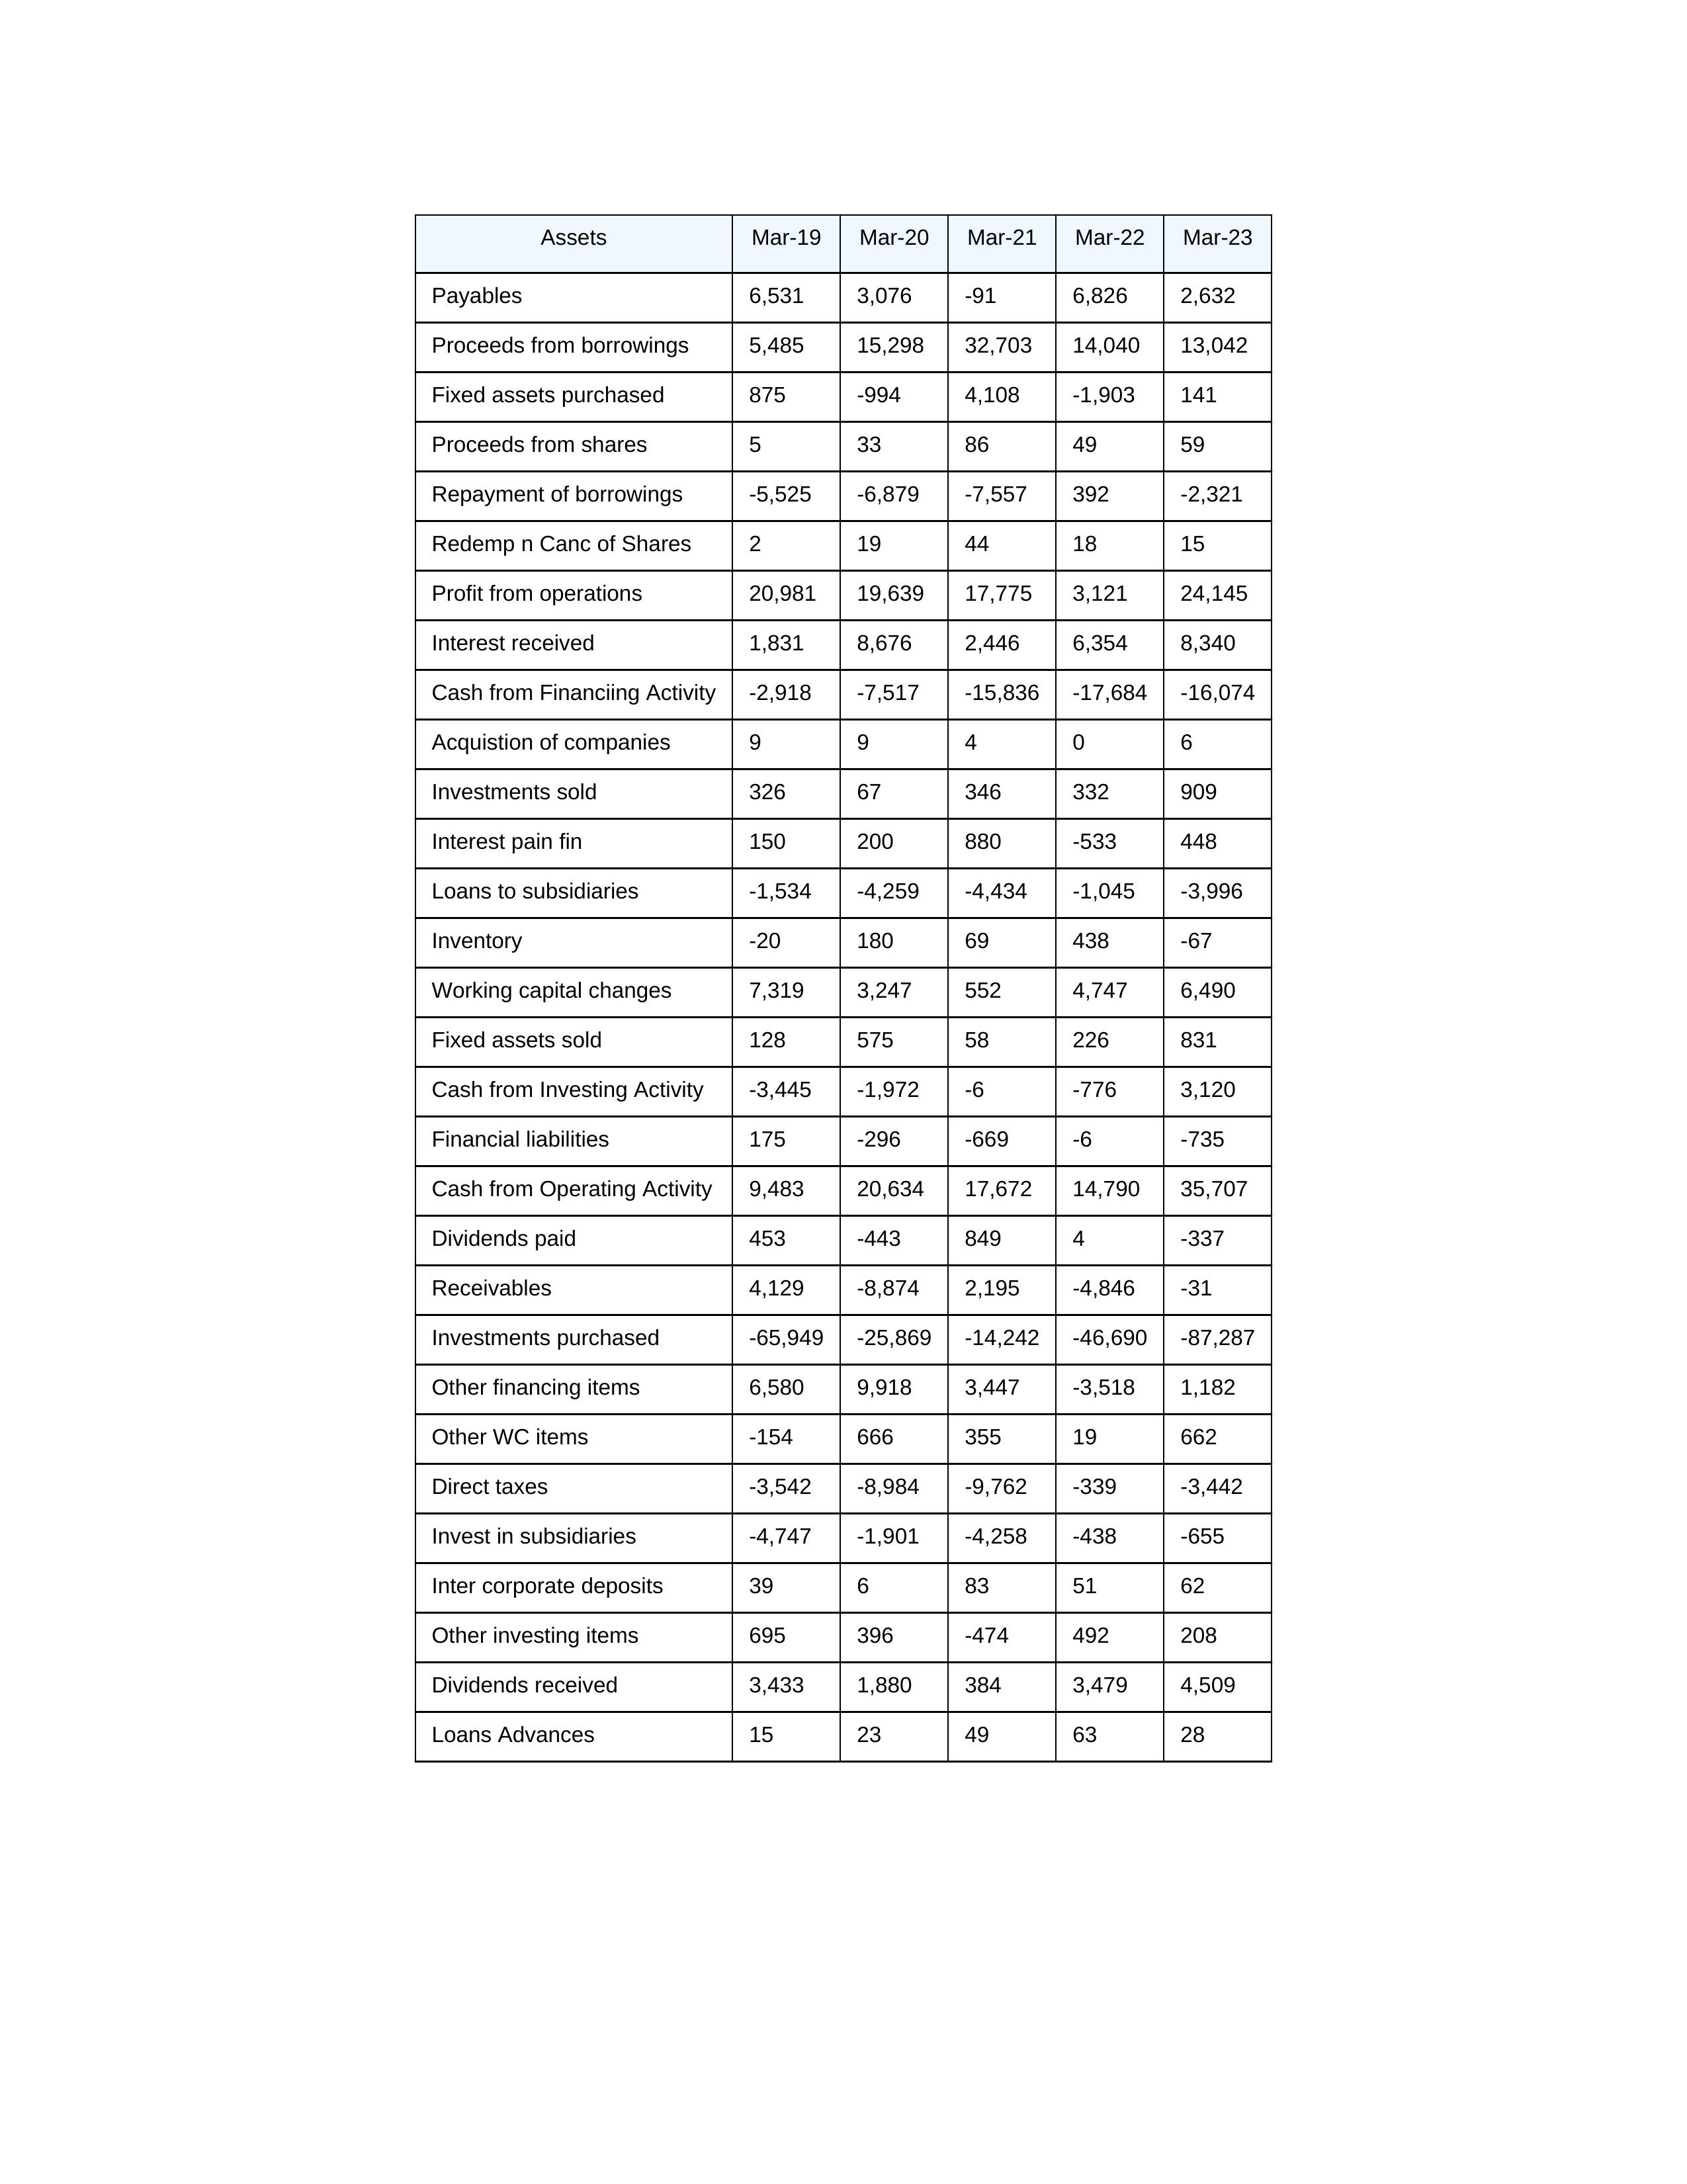
gt_parse: Mar-19: Cash from Operating Activity: 9,483
Profit from operations: 20,981
Receivables: 4,129
Inventory: -20
Payables: 6,531
Loans Advances: 15
Other WC items: -154
Working capital changes: 7,319
Direct taxes: -3,542
Cash from Investing Activity: -3,445
Fixed assets purchased: 875
Fixed assets sold: 128
Investments purchased: -65,949
Investments sold: 326
Interest received: 1,831
Dividends received: 3,433
Invest in subsidiaries: -4,747
Loans to subsidiaries: -1,534
Redemp n Canc of Shares: 2
Acquistion of companies: 9
Inter corporate deposits: 39
Other investing items: 695
Cash from Financiing Activity: -2,918
Proceeds from shares: 5
Proceeds from borrowings: 5,485
Repayment of borrowings: -5,525
Interest pain fin: 150
Dividends paid: 453
Financial liabilities: 175
Other financing items: 6,580
Mar-20: Cash from Operating Activity: 20,634
Profit from operations: 19,639
Receivables: -8,874
Inventory: 180
Payables: 3,076
Loans Advances: 23
Other WC items: 666
Working capital changes: 3,247
Direct taxes: -8,984
Cash from Investing Activity: -1,972
Fixed assets purchased: -994
Fixed assets sold: 575
Investments purchased: -25,869
Investments sold: 67
Interest received: 8,676
Dividends received: 1,880
Invest in subsidiaries: -1,901
Loans to subsidiaries: -4,259
Redemp n Canc of Shares: 19
Acquistion of companies: 9
Inter corporate deposits: 6
Other investing items: 396
Cash from Financiing Activity: -7,517
Proceeds from shares: 33
Proceeds from borrowings: 15,298
Repayment of borrowings: -6,879
Interest pain fin: 200
Dividends paid: -443
Financial liabilities: -296
Other financing items: 9,918
Mar-21: Cash from Operating Activity: 17,672
Profit from operations: 17,775
Receivables: 2,195
Inventory: 69
Payables: -91
Loans Advances: 49
Other WC items: 355
Working capital changes: 552
Direct taxes: -9,762
Cash from Investing Activity: -6
Fixed assets purchased: 4,108
Fixed assets sold: 58
Investments purchased: -14,242
Investments sold: 346
Interest received: 2,446
Dividends received: 384
Invest in subsidiaries: -4,258
Loans to subsidiaries: -4,434
Redemp n Canc of Shares: 44
Acquistion of companies: 4
Inter corporate deposits: 83
Other investing items: -474
Cash from Financiing Activity: -15,836
Proceeds from shares: 86
Proceeds from borrowings: 32,703
Repayment of borrowings: -7,557
Interest pain fin: 880
Dividends paid: 849
Financial liabilities: -669
Other financing items: 3,447
Mar-22: Cash from Operating Activity: 14,790
Profit from operations: 3,121
Receivables: -4,846
Inventory: 438
Payables: 6,826
Loans Advances: 63
Other WC items: 19
Working capital changes: 4,747
Direct taxes: -339
Cash from Investing Activity: -776
Fixed assets purchased: -1,903
Fixed assets sold: 226
Investments purchased: -46,690
Investments sold: 332
Interest received: 6,354
Dividends received: 3,479
Invest in subsidiaries: -438
Loans to subsidiaries: -1,045
Redemp n Canc of Shares: 18
Acquistion of companies: 0
Inter corporate deposits: 51
Other investing items: 492
Cash from Financiing Activity: -17,684
Proceeds from shares: 49
Proceeds from borrowings: 14,040
Repayment of borrowings: 392
Interest pain fin: -533
Dividends paid: 4
Financial liabilities: -6
Other financing items: -3,518
Mar-23: Cash from Operating Activity: 35,707
Profit from operations: 24,145
Receivables: -31
Inventory: -67
Payables: 2,632
Loans Advances: 28
Other WC items: 662
Working capital changes: 6,490
Direct taxes: -3,442
Cash from Investing Activity: 3,120
Fixed assets purchased: 141
Fixed assets sold: 831
Investments purchased: -87,287
Investments sold: 909
Interest received: 8,340
Dividends received: 4,509
Invest in subsidiaries: -655
Loans to subsidiaries: -3,996
Redemp n Canc of Shares: 15
Acquistion of companies: 6
Inter corporate deposits: 62
Other investing items: 208
Cash from Financiing Activity: -16,074
Proceeds from shares: 59
Proceeds from borrowings: 13,042
Repayment of borrowings: -2,321
Interest pain fin: 448
Dividends paid: -337
Financial liabilities: -735
Other financing items: 1,182